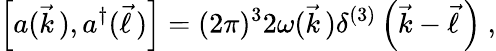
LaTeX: \left[a(\vec{k}\, ),a^{\dagger}(\vec{\ell}\, )\right]=(2\pi)^{3}2\omega(\vec{k}\, )\delta^{(3)}\left(\vec{k}-\vec{\ell}\, \right)\ ,